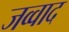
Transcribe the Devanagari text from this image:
जव्वाद